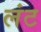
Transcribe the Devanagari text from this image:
लंट